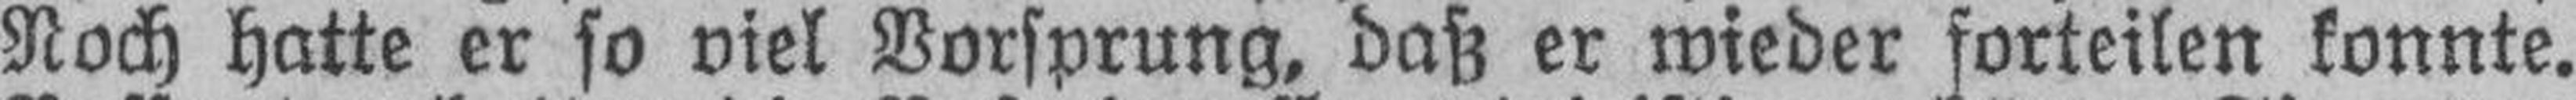
Noch hatte er so viel Vorsprung, daß er wieder forteilen konnte.